Lunatic asylums United Prov. 1922-30 - 1922-1930
Year: 1922
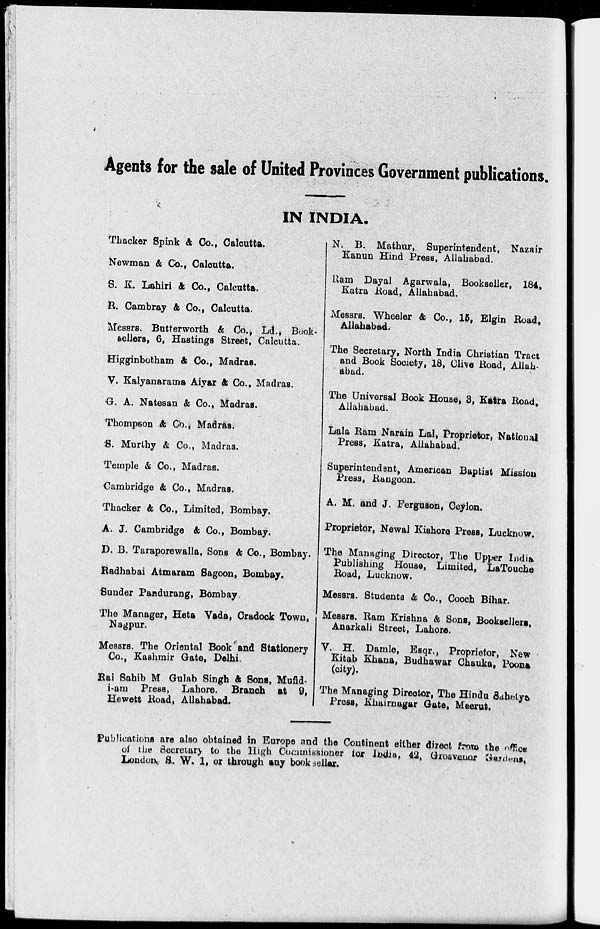
Agents for the sale of United Provinces Government publications.
IN INDIA.
Thacker Spink & Co., Calcutta.
Newman & Co., Calcutta.
S. K. Lahiri & Co., Calcutta.
R. Cambray & Co., Calcutta.
Messrs. Butterworth & Co., Ld., Book-
sellers, 6, Hastings Street, Calcutta.
Higginbotham & Co., Madras.
V. Kalyanarama Aiyar & Co., Madras.
G. A. Natesan & Co., Madras.
Thompson & Co., Madras.
S. Murthy & Co., Madras.
Temple & Co., Madras.
Cambridge & Co., Madras.
Thacker & Co., Limited, Bombay.
A. J. Cambridge & Co., Bombay.
D. B. Taraporewalla, Sons & Co., Bombay.
Radhabai Atmaram Sagoon, Bombay.
Sunder Pandurang, Bombay.
The Manager, Heta Vada, Cradock Town,
Nagpur.
Messrs. The Oriental Book and Stationery
Co., Kashmir Gate, Delhi.
Rai Sahib M Gulab Singh & Sons, Mufid-
i-am Press, Lahore. Branch at 9,
Hewett Road, Allahabad.
N. B. Mathur, Superintendent, Nazair
Kanun Hind Press, Allahabad.
Ram Dayal Agarwala, Bookseller, 184,
Katra Road, Allahabad.
Messrs. Wheeler & Co., 15, Elgin Road,
Allahabad.
The Secretary, North India Christian Tract
and Book Society, 18, Clive Road, Allah-
abad.
The Universal Book House, 8, Katra Road,
Allahabad.
Lala Ram Narain Lal, Proprietor, National
Press, Katra, Allahabad.
Superintendent, American Baptist Mission
Press, Rangoon.
A. M. and J. Ferguson, Ceylon.
Proprietor, Newal Kishore Press, Lucknow.
The Managing Director, The Upper India
Publishing House, Limited, LaTouche
Road, Lucknow.
Messrs. Students & Co., Cooch Bihar.
Messrs. Ram Krishna ft Sons, Booksellers,
Anarkali Street, Lahore.
V. H. Damle, Esqr., Proprietor, New
Kitab Khana, Budhawar Chauka, Poona
(city).
The Managing Director, The Hindu Sahetya
Press, Khairnagar Gate, Meerut.
Publications are also obtained in Europe and the Continent either direct from the office
of the Secretary to the High Commissioner for India, 42, Grosveuor Gardens,
London, S. W. 1, or through any book sellar.